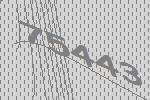
75443